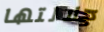
جلالتها